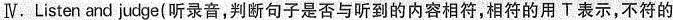
Ⅳ.Listen and judge(听录音,判断句子是否与听到的内容相符,相符的用T表示,不符的